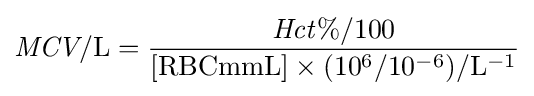
{\textit {MCV}}/\mathrm {L} ={\frac {{\mathit {Hct\%}}/100}{[{\text{RBCmmL}}]\times (10^{6}/10^{-6})/\mathrm {L} ^{-1}}}